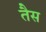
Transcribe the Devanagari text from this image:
तैस